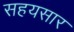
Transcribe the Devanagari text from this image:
सहयसार